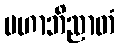
မဟာဘိညာတံ